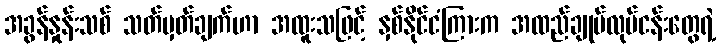
အခွန်နှုန်းသစ် သတ်မှတ်ချက်ဟာ အထူးသဖြင့် နှစ်နိုင်ငံကြားက အထည်ချုပ်လုပ်ငန်းတွေရဲ့